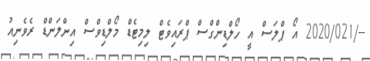
--/2020/021 އޯ ޕްލަސް އީ ހޯލްޑިންގްސް ޕްރައިވެޓް ލިިިމިޓެޑް މޯލްޑިވްސް އިންލަންޑް ރެވެނިއު